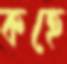
কহে